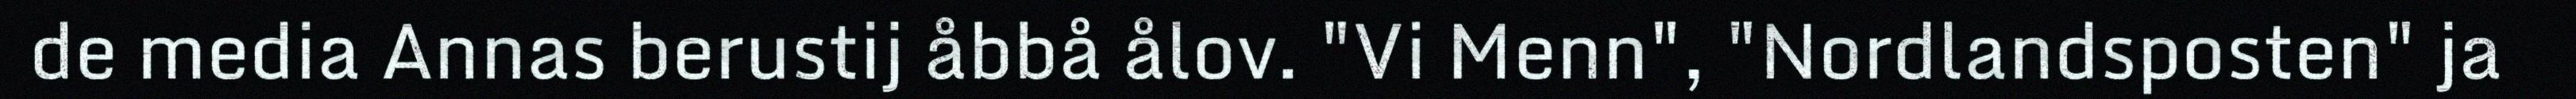
de media Annas berustij åbbå ålov. "Vi Menn", "Nordlandsposten" ja